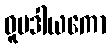
ဓူပဒါယကော